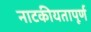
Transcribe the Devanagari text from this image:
नाटकीयतापूर्ण